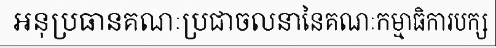
អនុប្រធានគណៈប្រជាចលនានៃគណៈកម្មាធិការបក្ស